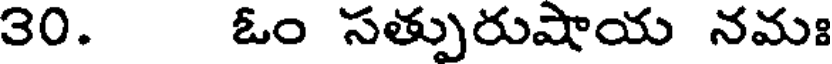
30. ఓం సత్పురుషాయ నమః